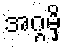
အဂ္ဂမှိ